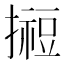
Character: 𢵊